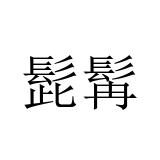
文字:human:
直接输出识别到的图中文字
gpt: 髭髯